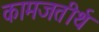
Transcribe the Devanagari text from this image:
कामजतीर्थ